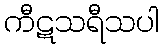
ကီဋသရီသပါ